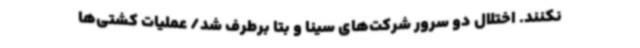
نکنند. اختلال دو سرور شرکت‌های سینا و بتا برطرف شد/ عملیات کشتی‌ها